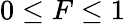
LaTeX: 0\le F\le 1